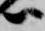
尉